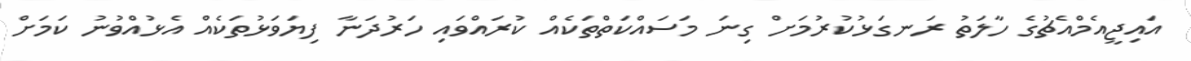
އައިޖީއެމްއެޗުގެ ހާލަތު ރަނގަޅުކުރުމަށް ގިނަ މަސައްކަތްތަކެއް ކުރައްވައި ހަރުދަނާ ފިޔަވަޅުތަކެއް އެޅުއްވުނު ކަމަށް